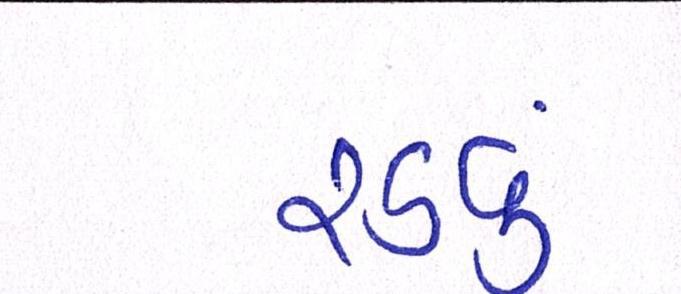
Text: રડવું